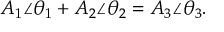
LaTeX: A _ { 1 } \angle \theta _ { 1 } + A _ { 2 } \angle \theta _ { 2 } = A _ { 3 } \angle \theta _ { 3 } .